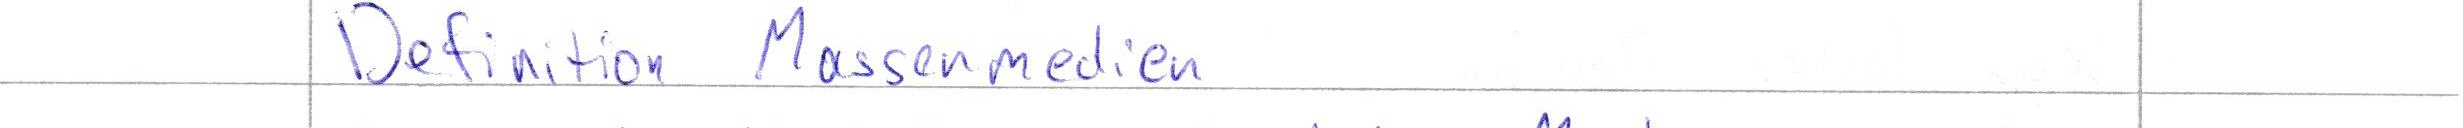
Definition Massenmedien